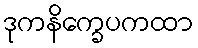
ဒုကနိက္ခေပကထာ